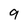
Character: 9